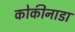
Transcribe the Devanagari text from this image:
कोकीनाडा